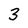
Character: 3